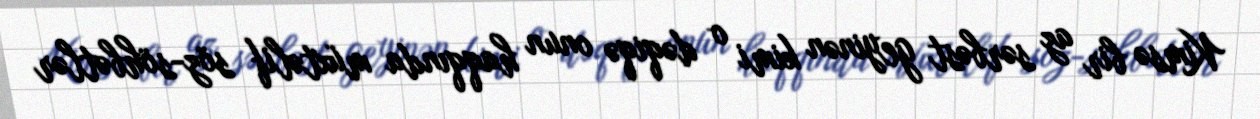
Kimsə bir az sərbəst geyinən kimi o dəqiqə onun haqqında müxtəlif söz-söhbətlər